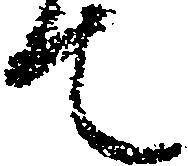
て